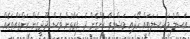
އަސްލު މައްސަލަތައް ހޯދައި މަޝްވަރާ ކޮށްގެން ދެ ފަރާތުން ވެސް ދޫދީގެން ކަންތައްތަކެއް